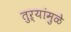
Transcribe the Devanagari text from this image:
तुऱ्यांमुळे